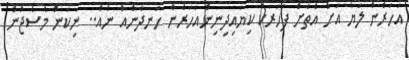
އަހަރެން ލަޔާ އަށް އެތަށް ފަހަރަކު ކިޔައިދިނިންއަހަރެން ހަނދާނެއް ނެއް.. ނިކަން މެސެޖުން